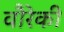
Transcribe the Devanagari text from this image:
वौरेकी